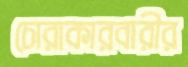
চোরাকারবারীর